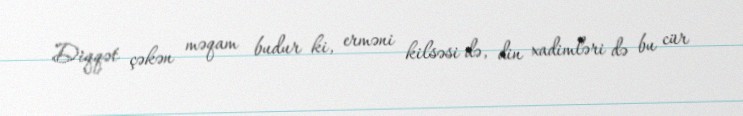
Diqqət çəkən məqam budur ki, erməni kilsəsi də, din xadimləri də bu cür